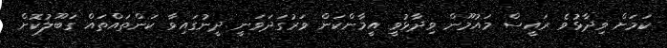
ކަމަށް ވިދާޅުވެ ރައީސް މައުމޫން ވިދާޅުވީ އީމާންކަން ވަރުގަދަވަނީ ދީނުގައިވާ ކަންތައްތައް ގަބޫލުކޮށް